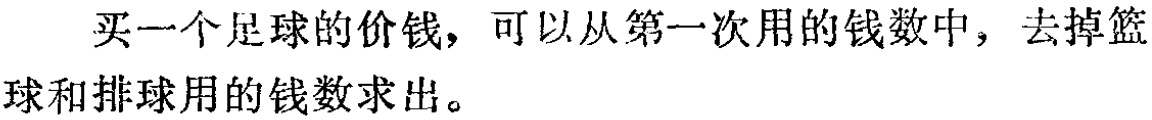
买一个足球的价钱，可以从第一次用的钱数中，去掉篮球和排球用的钱数求出。